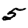
Digit: 5